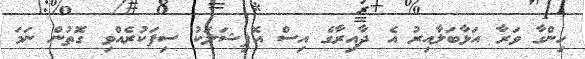
ހިންގާ ވަރާ އަޅާބަލާއިރު އެ ދާއިރާގެ އިސް އޮފިޝަލަކު ސިފަކުރެއްވި ގޮތުން ނަމަ